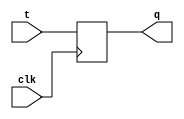
module t_latch(
    input wire clk,
    input wire t,
    output reg q
);

always @(posedge clk) begin
    q <= t;
end

endmodule